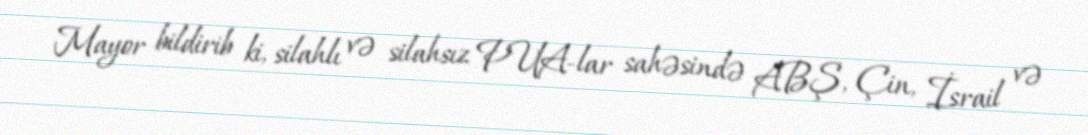
Mayor bildirib ki, silahlı və silahsız PUA-lar sahəsində ABŞ, Çin, İsrail və